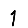
Digit: 1